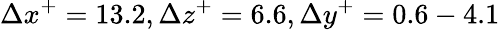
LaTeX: \Delta x^{+}=13.2,\Delta z^{+}=6.6,\Delta y^{+}=0.6-4.1